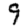
Digit: 9